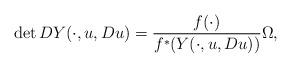
LaTeX: \begin{align*} \det DY(\cdot,u,Du) = \frac{f(\cdot)}{f^*(Y(\cdot,u,Du))} \Omega,\end{align*}